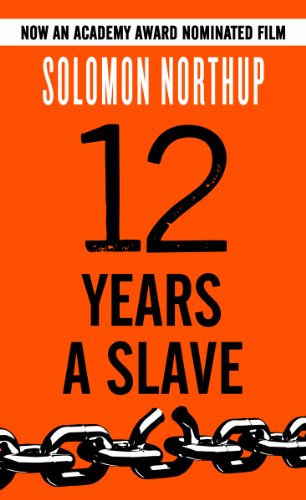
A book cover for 12 Years a Slave; Solomon Northup; Biographies & Memoirs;